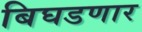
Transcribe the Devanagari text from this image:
बिघडणार